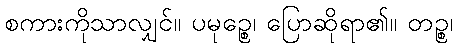
စကားကိုသာလျှင်။ ပမုဉ္စေ၊ ပြောဆိုရာ၏။ တဉ္စ၊